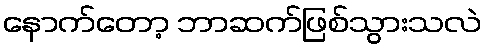
နောက်တော့ ဘာဆက်ဖြစ်သွားသလဲ